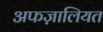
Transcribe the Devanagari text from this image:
अफज़ालियत